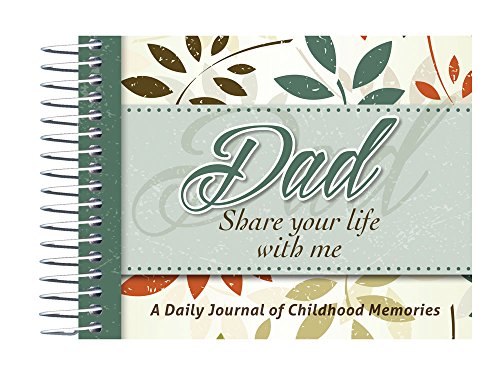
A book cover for Dad, Share Your Life With Me; Kathleen Lashier; Parenting & Relationships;